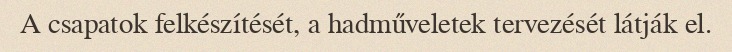
A csapatok felkészítését, a hadműveletek tervezését látják el.